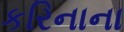
કરિનાના